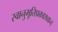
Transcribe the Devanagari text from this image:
स्वानुभूतिप्रकाशवान्